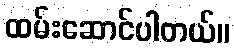
ထမ်းဆောင်ပါတယ်။